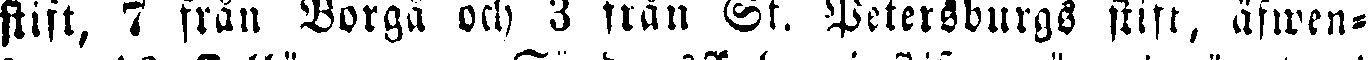
stift, 7 från Borgå och 3 från St. Petersburgs stift, äfwen-